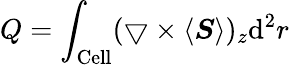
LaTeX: Q=\int_{\mathrm{{Cell}}}({\bigtriangledown\times\langle{\boldsymbol{S}}\rangle})_{z}\mathrm{{d}}^{2}r